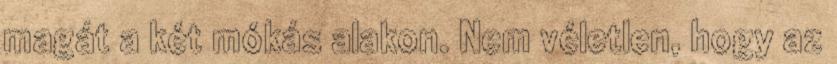
magát a két mókás alakon. Nem véletlen, hogy az